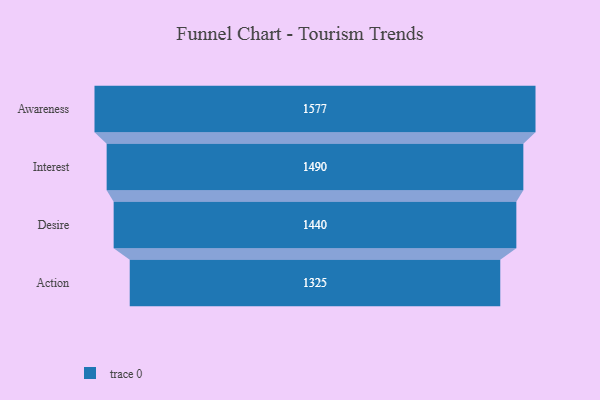
{"axis": {"x": "Stage", "y": "Value"}, "legend": [""], "data": [{"x": "Awareness", "y": 1577.0, "type": ""}, {"x": "Interest", "y": 1490.0, "type": ""}, {"x": "Desire", "y": 1440.0, "type": ""}, {"x": "Action", "y": 1325.0, "type": ""}]}